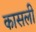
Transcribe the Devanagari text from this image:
कासली